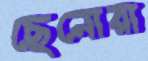
ছেনোরা